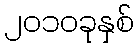
၂၀၁၀ခုနှစ်